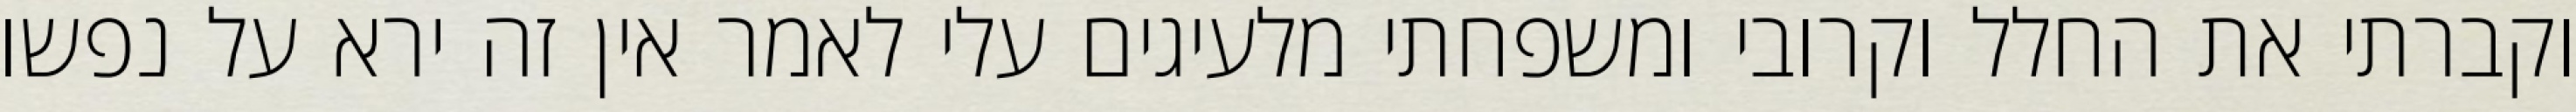
וקברתי את החלל וקרובי ומשפחתי מלעיגים עלי לאמר אין זה ירא על נפשו